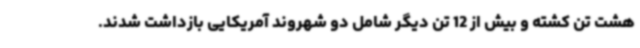
هشت تن کشته و بیش از 12 تن دیگر شامل دو شهروند آمریکایی بازداشت شدند.